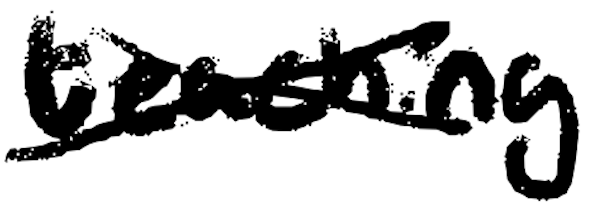
Text: teaching
Cross-out: cross
Writing tool: digital_black